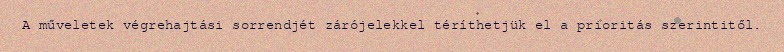
A műveletek végrehajtási sorrendjét zárójelekkel téríthetjük el a prioritás szerintitől.